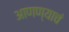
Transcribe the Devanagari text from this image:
आणण्याचं